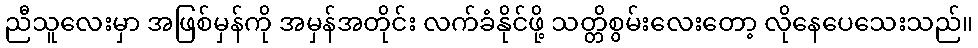
ညီသူလေးမှာ အဖြစ်မှန်ကို အမှန်အတိုင်း လက်ခံနိုင်ဖို့ သတ္တိစွမ်းလေးတော့ လိုနေပေသေးသည်။